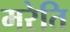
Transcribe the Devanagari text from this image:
मरेति